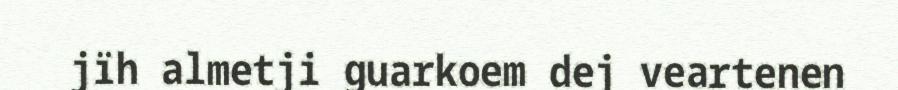
jïh almetji guarkoem dej veartenen